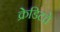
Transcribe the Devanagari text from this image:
क्रेडिटचे